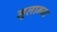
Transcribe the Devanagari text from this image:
मूलानन्द